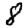
Digit: 8